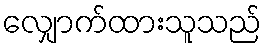
လျှောက်ထားသူသည်